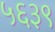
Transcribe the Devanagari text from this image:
५६३९